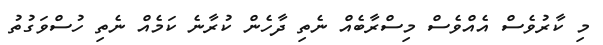
މި ކާރުވެސް އެއްވެސް މިސްރާބެއް ނެތި ދާހެން ކުރާނެ ކަމެއް ނެތި ހުސްވަގުތު